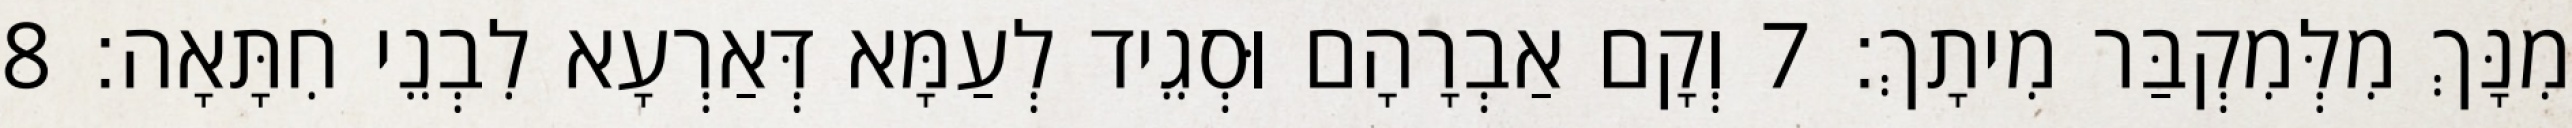
מִנָּךְ מִלְּמִקְבַּר מִיתָךְ׃ 7 וְקָם אַבְרָהָם וּסְגֵיד לְעַמָּא דְּאַרְעָא לִבְנֵי חִתָּאָה׃ 8